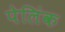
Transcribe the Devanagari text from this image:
पेलिंक